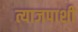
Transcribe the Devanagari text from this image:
त्याजपाशी